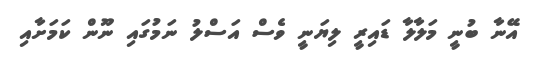
އޭނާ ބުނީ މަލާލާ ޑައިރީ ލިޔަނީ ވެސް އަސްލު ނަމުގައި ނޫން ކަމަށާއި